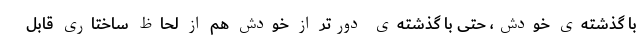
با گذشته‌ی خودش، حتی با گذشته‌ی دورتر از خودش هم از لحاظ ساختاری قابل